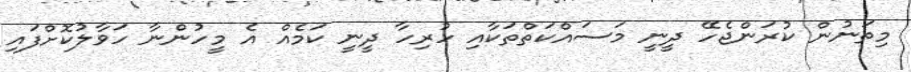
މިތަނުން ކުރަންޖެހޭ ދީނީ މަސައްކަތްތަކާއި ހުރިހާ ދީނީ ކަމެއް އެ މީހުންނާ ހަވާލުކޮށްފައި